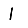
Digit: 1